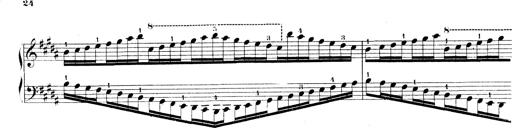
Title: Technische Studien
Composer: Franz Liszt